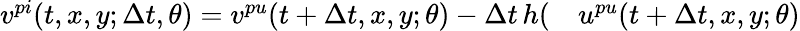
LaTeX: \begin{array}{rl}{v^{pi}(t,x,y;\Delta t,\theta)=v^{pu}(t+\Delta t,x,y;\theta)-\Delta t\, h(}&{{}u^{pu}(t+\Delta t,x,y;\theta)}\end{array}